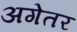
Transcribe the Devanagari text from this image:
अगेतर